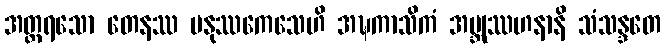
အတ္ထရသော တေနဿ မနုဿကေသေဟိ အဍ္ဎကာသိကံ အဗ္ဘုဿဟနာနိ သံသန္ဒတေ